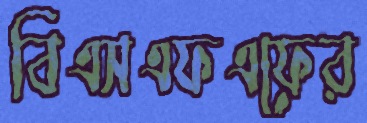
বিএসএফএফের